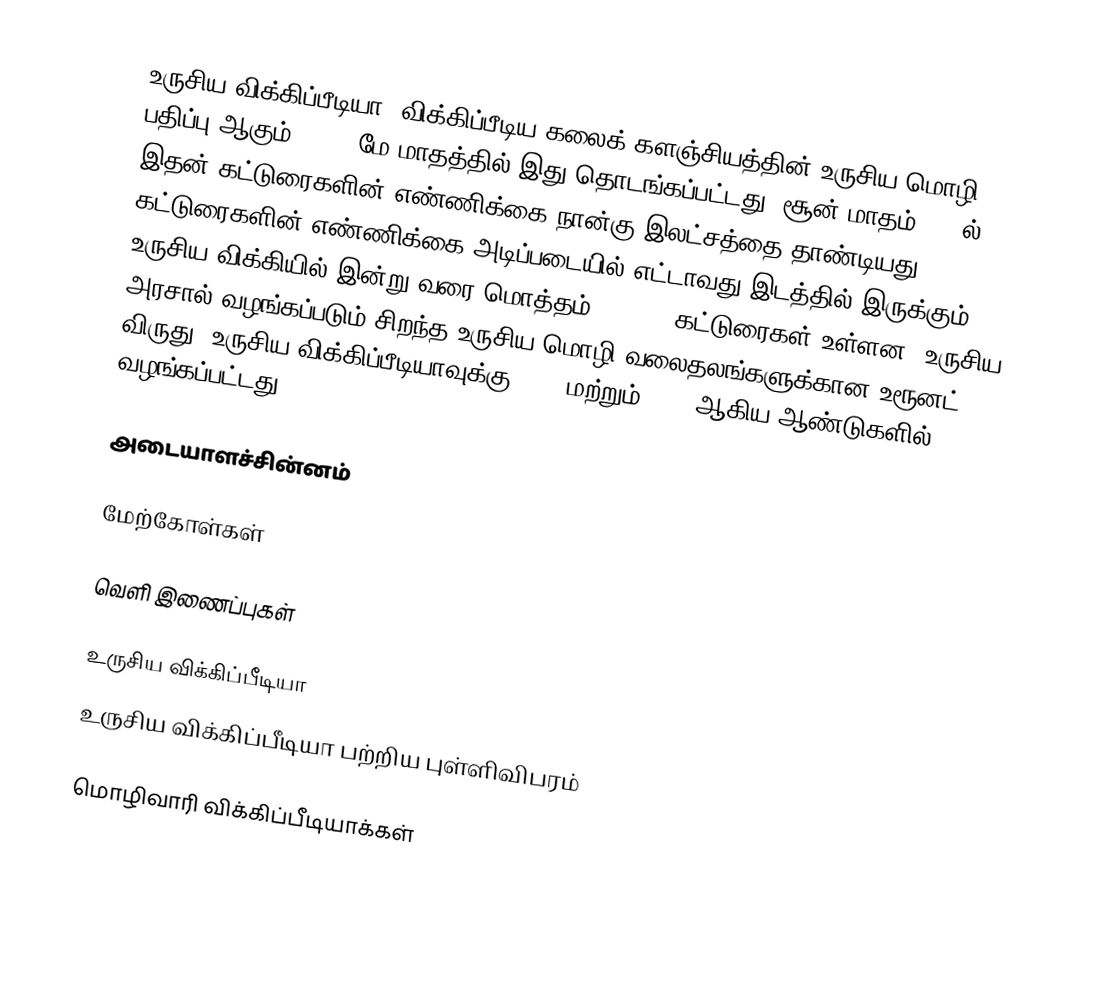
உருசிய விக்கிப்பீடியா, விக்கிப்பீடிய கலைக் களஞ்சியத்தின் உருசிய மொழி பதிப்பு ஆகும். 2001 மே மாதத்தில் இது தொடங்கப்பட்டது. சூன் மாதம் 2009ல் இதன் கட்டுரைகளின் எண்ணிக்கை நான்கு இலட்சத்தை தாண்டியது. கட்டுரைகளின் எண்ணிக்கை அடிப்படையில் எட்டாவது இடத்தில் இருக்கும் உருசிய விக்கியில் இன்று வரை மொத்தம் 706,680 கட்டுரைகள் உள்ளன. உருசிய அரசால் வழங்கப்படும் சிறந்த உருசிய மொழி வலைதலங்களுக்கான உரூனட் விருது, உருசிய விக்கிப்பீடியாவுக்கு 2006 மற்றும் 2007 ஆகிய ஆண்டுகளில் வழங்கப்பட்டது.

அடையாளச்சின்னம்

மேற்கோள்கள்

வெளி இணைப்புகள்

 உருசிய விக்கிப்பீடியா
 உருசிய விக்கிப்பீடியா பற்றிய புள்ளிவிபரம்

மொழிவாரி விக்கிப்பீடியாக்கள்